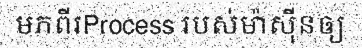
មកពីរProcess របស់ម៉ាស៊ីនឲ្យ